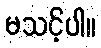
မသင့်ပါ။